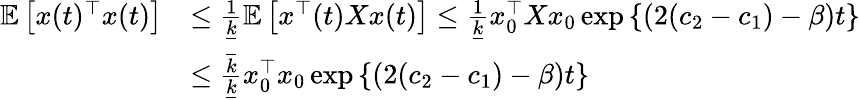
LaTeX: \begin{array}{rl}{\mathbb E\left[x(t)^{\top}x(t)\right]}&{\leq\frac{1}{\underline{k}}\mathbb E\left[x^{\top}(t)Xx(t)\right]\leq\frac{1}{\underline{k}}x_{0}^{\top}Xx_{0}\exp\left\{ (2(c_{2}-c_{1})-\beta)t\right\} }\\ &{\leq\frac{\overline{k}}{\underline{k}}x_{0}^{\top}x_{0}\exp\left\{ (2(c_{2}-c_{1})-\beta)t\right\} }\end{array}